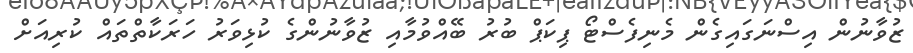
ޒުވާނުން އިސްނަގައިގެން މެނިފެސްޓޯ ޕިކަޕް ބުރު ބޭއްވުމާއި ޒުވާނުންގެ ކުޅިވަރު ހަރަކާތްތައް ކުރިއަށް